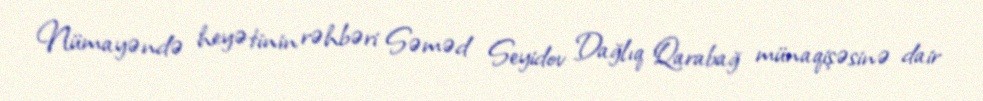
Nümayəndə heyətinin rəhbəri Səməd Seyidov Dağlıq Qarabağ münaqişəsinə dair